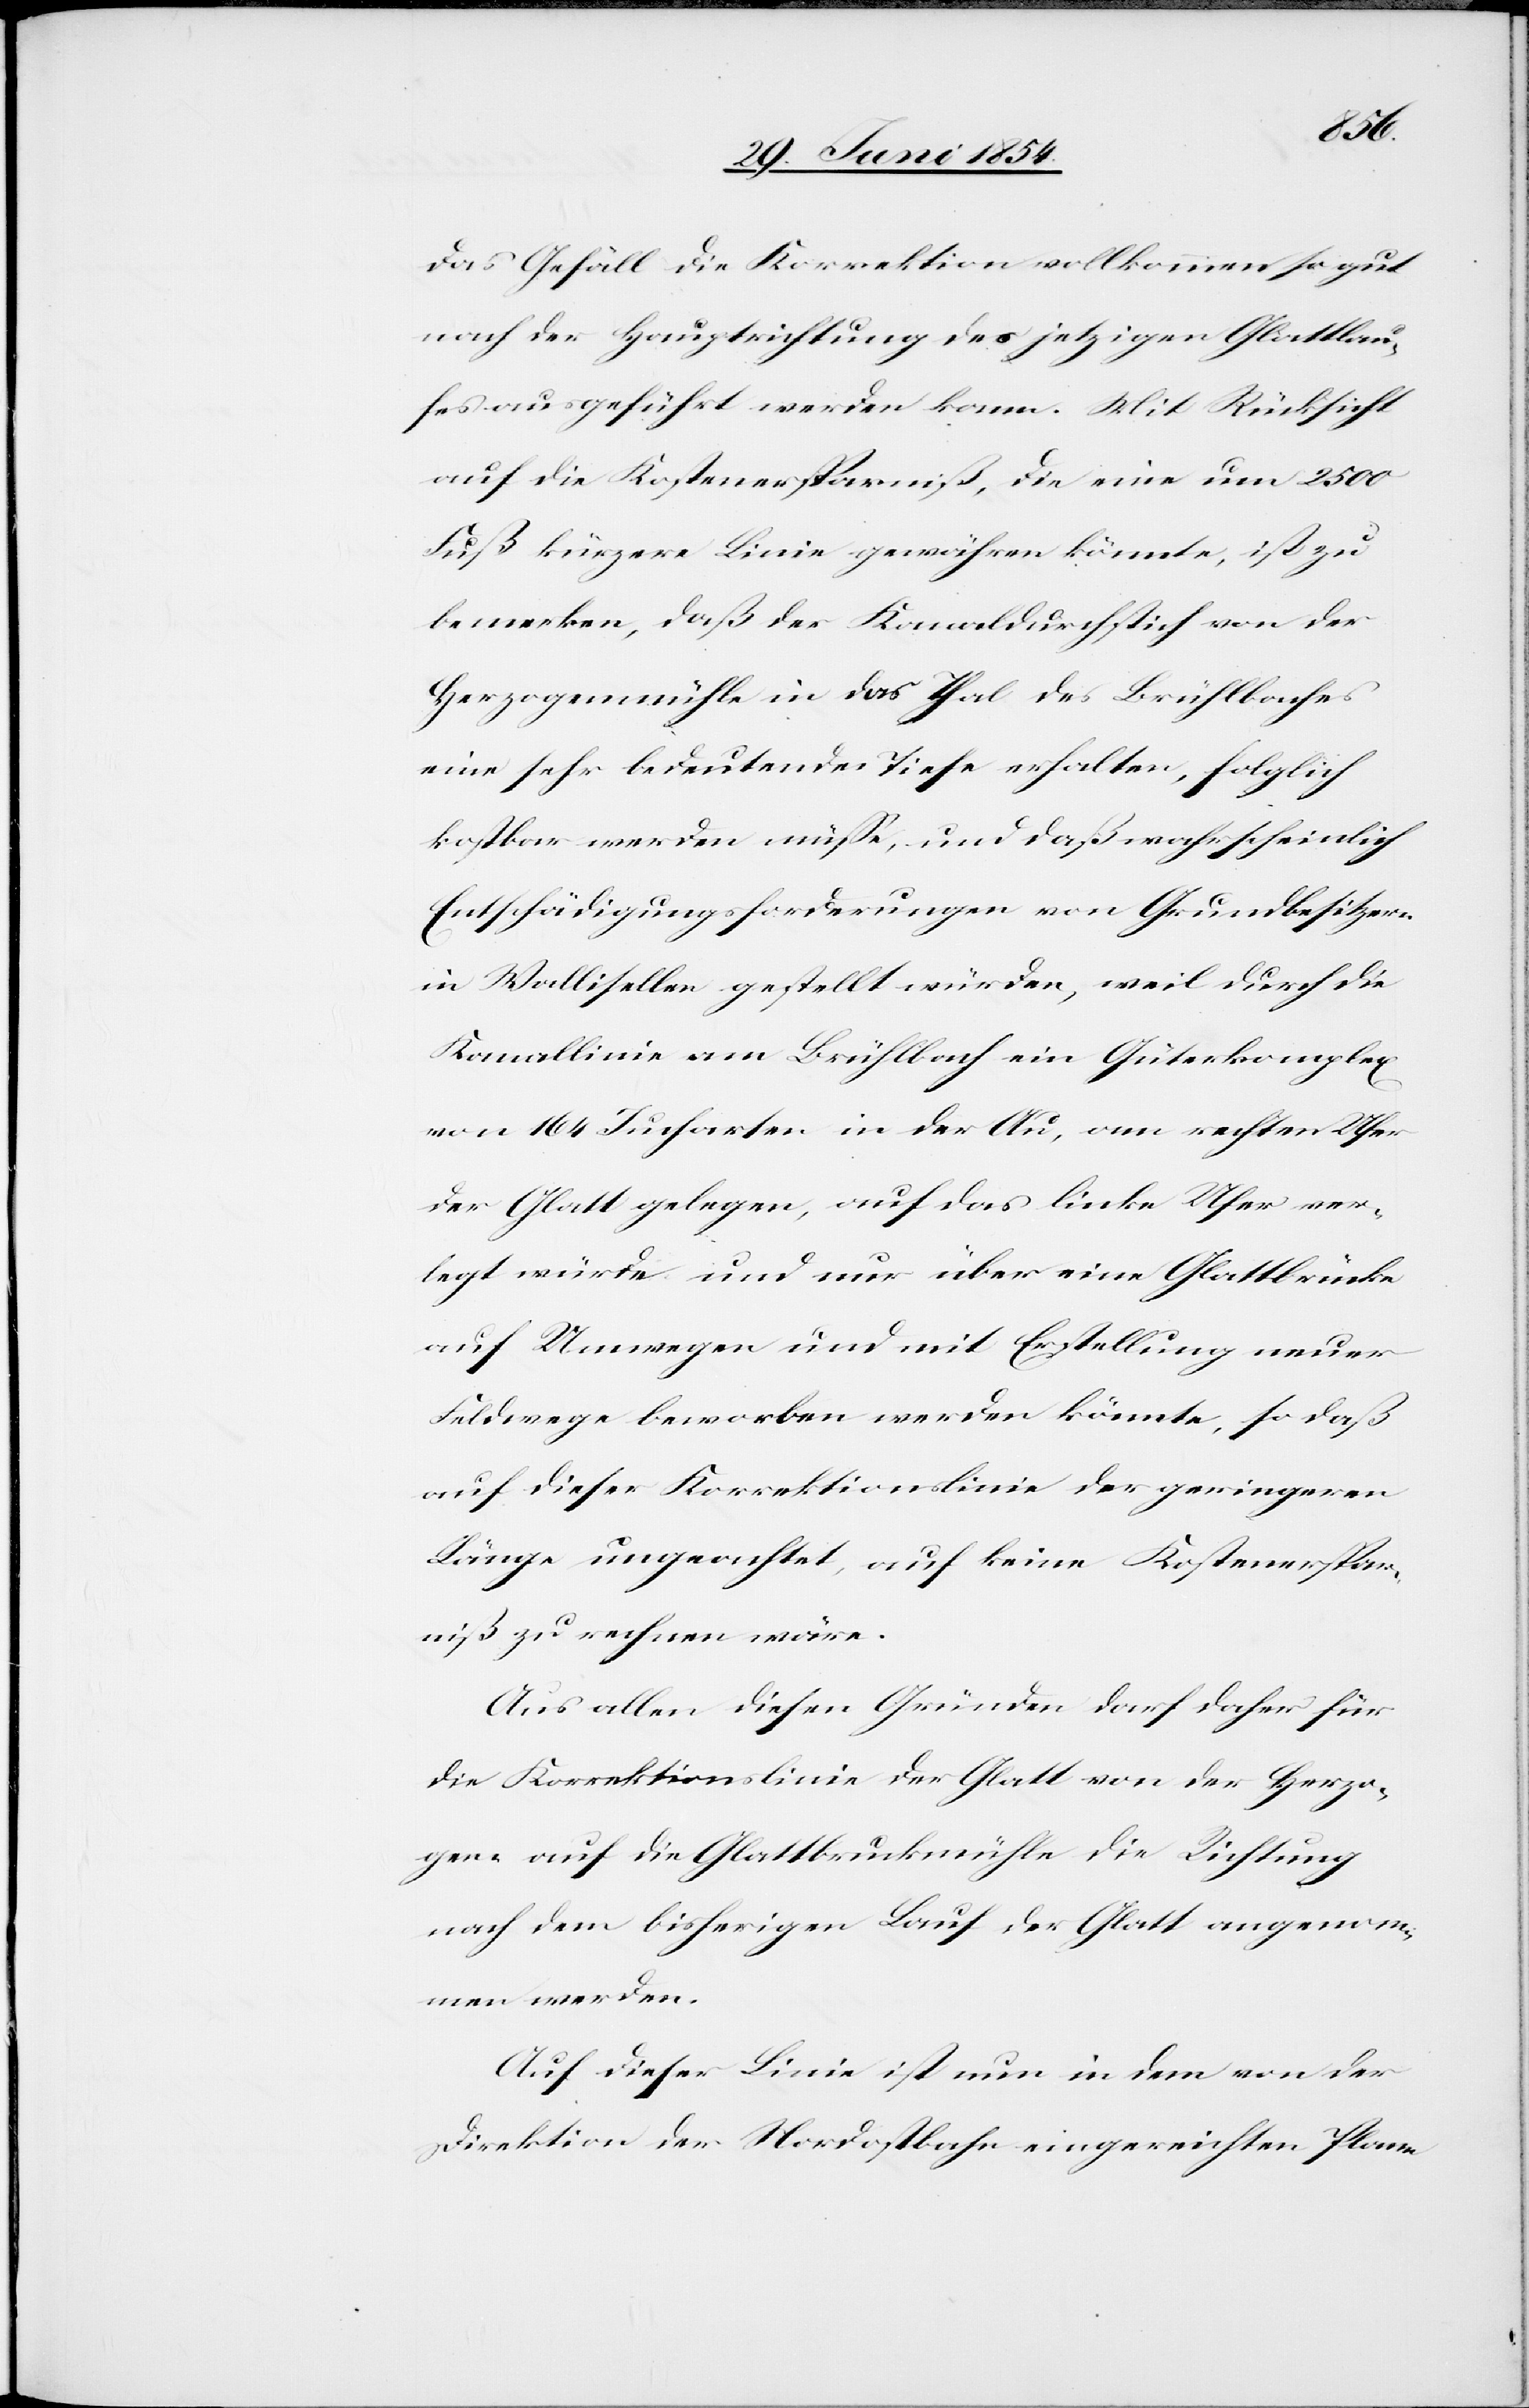
das Gefäll die Korrektion vollkommen so gut
nach der Hauptrichtung des jetzigen Glattlau¬
fes ausgeführt werden kann. Mit Rücksicht
auf die Kostenersparniß, die eine um 2500
Fuß kürzere Linie gewähren könnte, ist zu
bemerken, daß der Kanaldurchstich von der
Herzogenmühle in das Thal des Brühlbaches
eine sehr bedeutende Tiefe erhalten, folglich
kostbar werden müße, und daß wahrscheinlich
Entschädigungsforderungen von Grundbesitzern
in Wallisellen gestellt würden, weil durch die
Kanallinie am Brühlback ein Güterkomplex
von 164 Jucharten in der Au, am rechten Ufer
der Glatt gelegen, auf das linke Ufer ver¬
legt würde und nur über eine Glattbrücke
auf Umwegen und mit Erstellung neuer
Feldwege beworben werden könnte, so daß
auf dieser Korrektionslinie der geringeren
Länge ungeachtet, auf keine Kostenerspar¬
niß zu rechnen wäre.
Aus allen diesen Gründen darf daher für
die Korrektionslinie der Glatt von der Herzo¬
gen- auf die Glattbruckmühle die Richtung
nach dem bisherigen Lauf der Glatt angenom¬
men werden.
Auf dieser Linie ist nun in dem von der
Direktion der Nordostbahn eingereichten Plane